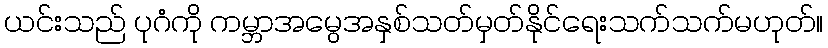
ယင်းသည် ပုဂံကို ကမ္ဘာအမွေအနှစ်သတ်မှတ်နိုင်ရေးသက်သက်မဟုတ်။